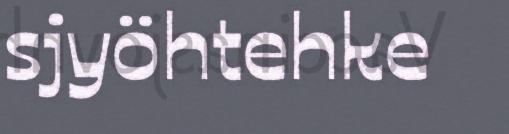
sjyöhtehke